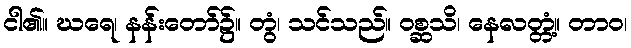
ငါ၏။ ဃရေ၊ နန်းတော်၌။ တွံ၊ သင်သည်။ ဝစ္ဆသိ၊ နေလတ္တံ့။ တာဝ၊